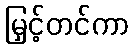
မြှင့်တင်ကာ